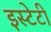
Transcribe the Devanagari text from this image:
इस्टेटी